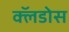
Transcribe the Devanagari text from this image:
क्लॅडोस